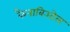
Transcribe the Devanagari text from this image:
कैनाबिओल